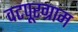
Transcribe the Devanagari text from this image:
वटपूरग्राम